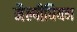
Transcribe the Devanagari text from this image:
मैल्पीघियन